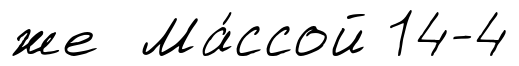
же Ма́ссой 14-4